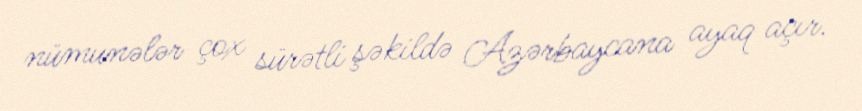
nümunələr çox sürətli şəkildə Azərbaycana ayaq açır.